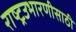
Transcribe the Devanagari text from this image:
राष्ट्रउभारणीसाठी